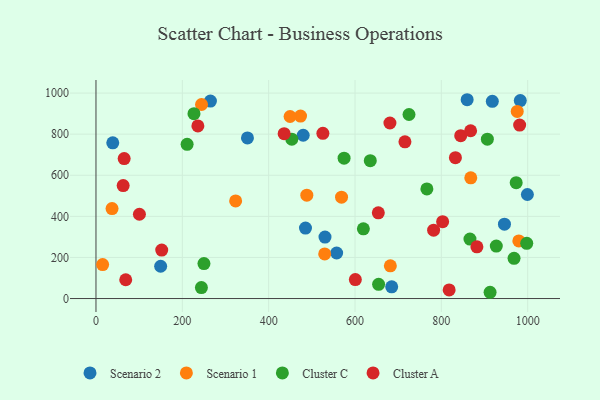
{"axis": {"x": "Distance", "y": "Rating"}, "legend": ["Cluster A", "Cluster C", "Scenario 1", "Scenario 2"], "data": [{"x": "557.5", "y": 221.6, "type": "Scenario 2"}, {"x": "480.0", "y": 794.7, "type": "Scenario 2"}, {"x": "149.8", "y": 157.1, "type": "Scenario 2"}, {"x": "685.0", "y": 57.1, "type": "Scenario 2"}, {"x": "265.1", "y": 960.9, "type": "Scenario 2"}, {"x": "38.9", "y": 758.0, "type": "Scenario 2"}, {"x": "982.9", "y": 963.5, "type": "Scenario 2"}, {"x": "999.3", "y": 506.3, "type": "Scenario 2"}, {"x": "859.8", "y": 967.6, "type": "Scenario 2"}, {"x": "530.5", "y": 299.3, "type": "Scenario 2"}, {"x": "485.3", "y": 343.0, "type": "Scenario 2"}, {"x": "918.1", "y": 959.6, "type": "Scenario 2"}, {"x": "946.2", "y": 362.1, "type": "Scenario 2"}, {"x": "350.9", "y": 781.6, "type": "Scenario 2"}, {"x": "868.2", "y": 587.5, "type": "Scenario 1"}, {"x": "979.5", "y": 280.6, "type": "Scenario 1"}, {"x": "473.8", "y": 888.1, "type": "Scenario 1"}, {"x": "488.4", "y": 503.0, "type": "Scenario 1"}, {"x": "37.2", "y": 437.9, "type": "Scenario 1"}, {"x": "244.5", "y": 944.4, "type": "Scenario 1"}, {"x": "529.8", "y": 217.3, "type": "Scenario 1"}, {"x": "681.9", "y": 159.4, "type": "Scenario 1"}, {"x": "975.8", "y": 910.5, "type": "Scenario 1"}, {"x": "15.4", "y": 165.3, "type": "Scenario 1"}, {"x": "449.6", "y": 886.0, "type": "Scenario 1"}, {"x": "323.5", "y": 474.9, "type": "Scenario 1"}, {"x": "568.8", "y": 493.5, "type": "Scenario 1"}, {"x": "866.3", "y": 289.5, "type": "Cluster C"}, {"x": "574.7", "y": 682.9, "type": "Cluster C"}, {"x": "244.2", "y": 53.3, "type": "Cluster C"}, {"x": "619.4", "y": 339.2, "type": "Cluster C"}, {"x": "766.5", "y": 533.5, "type": "Cluster C"}, {"x": "968.4", "y": 195.7, "type": "Cluster C"}, {"x": "227.0", "y": 899.8, "type": "Cluster C"}, {"x": "973.4", "y": 564.1, "type": "Cluster C"}, {"x": "725.1", "y": 895.7, "type": "Cluster C"}, {"x": "654.7", "y": 69.1, "type": "Cluster C"}, {"x": "250.1", "y": 170.1, "type": "Cluster C"}, {"x": "211.1", "y": 750.6, "type": "Cluster C"}, {"x": "635.4", "y": 671.0, "type": "Cluster C"}, {"x": "997.8", "y": 268.7, "type": "Cluster C"}, {"x": "906.6", "y": 775.5, "type": "Cluster C"}, {"x": "453.6", "y": 775.8, "type": "Cluster C"}, {"x": "927.3", "y": 255.4, "type": "Cluster C"}, {"x": "912.9", "y": 30.5, "type": "Cluster C"}, {"x": "882.4", "y": 251.9, "type": "Cluster A"}, {"x": "818.1", "y": 41.9, "type": "Cluster A"}, {"x": "715.7", "y": 762.7, "type": "Cluster A"}, {"x": "844.9", "y": 792.4, "type": "Cluster A"}, {"x": "65.3", "y": 681.0, "type": "Cluster A"}, {"x": "236.0", "y": 840.1, "type": "Cluster A"}, {"x": "600.8", "y": 92.2, "type": "Cluster A"}, {"x": "981.4", "y": 844.3, "type": "Cluster A"}, {"x": "525.6", "y": 804.3, "type": "Cluster A"}, {"x": "100.6", "y": 410.2, "type": "Cluster A"}, {"x": "680.9", "y": 854.4, "type": "Cluster A"}, {"x": "68.9", "y": 91.4, "type": "Cluster A"}, {"x": "654.0", "y": 417.4, "type": "Cluster A"}, {"x": "435.9", "y": 802.5, "type": "Cluster A"}, {"x": "782.1", "y": 332.8, "type": "Cluster A"}, {"x": "63.0", "y": 549.6, "type": "Cluster A"}, {"x": "152.3", "y": 236.0, "type": "Cluster A"}, {"x": "803.0", "y": 373.9, "type": "Cluster A"}, {"x": "832.6", "y": 685.8, "type": "Cluster A"}, {"x": "867.8", "y": 816.6, "type": "Cluster A"}]}